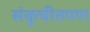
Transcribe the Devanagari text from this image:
संकुचीतपण